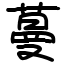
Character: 蔓